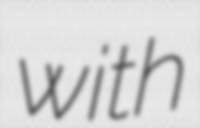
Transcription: with